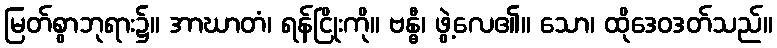
မြတ်စွာဘုရား၌။ အာဃာတံ၊ ရန်ငြိုးကို။ ဗန္ဓီ၊ ဖွဲ့လေ၏။ သော၊ ထိုဒေဝဒတ်သည်။